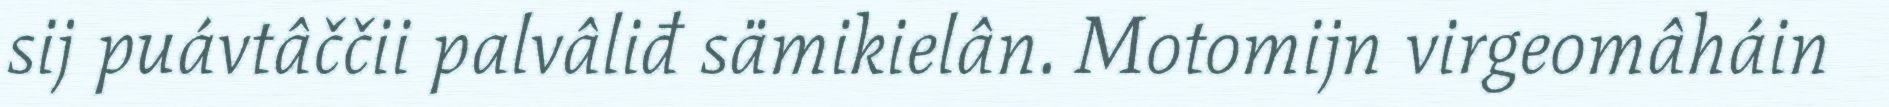
sij puávtâččii palvâliđ sämikielân. Motomijn virgeomâháin